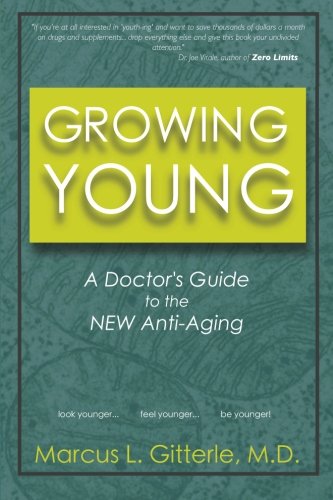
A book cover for Growing Young: A Doctor's Guide to the NEW Anti-Aging; Marcus L. Gitterle M.D.; Health, Fitness & Dieting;